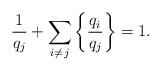
LaTeX: \begin{align*}\frac{1}{q_j}+\sum_{i\neq j}\left\{\frac{q_i}{q_j}\right\}=1.\end{align*}